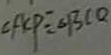
\angle A C P = \angle B C Q